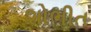
શોભીત